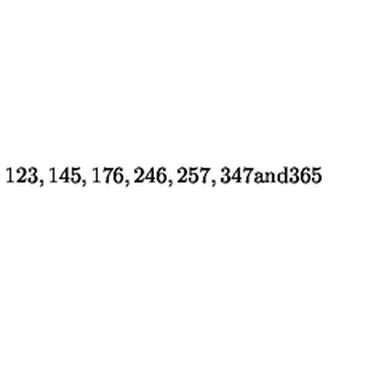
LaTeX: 1 2 3 , 1 4 5 , 1 7 6 , 2 4 6 , 2 5 7 , 3 4 7 \mathrm { a n d } 3 6 5